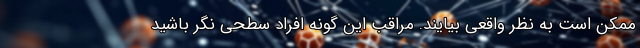
ممکن است به نظر واقعی بیایند. مراقب این گونه افراد سطحی نگر باشید